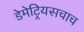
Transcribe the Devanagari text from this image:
डेमेट्रियसचाच